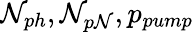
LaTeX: \mathcal{N}_{ph},\mathcal{N}_{p\mathcal{N}},p_{pump}